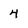
Character: 4